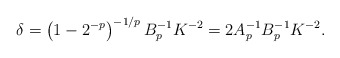
\begin{align*}\delta= \left(1-2^{-p} \right)^{-1/p} B_p^{-1} K^{-2}=2A_p^{-1} B_p^{-1} K^{-2}.\end{align*}